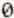
0